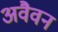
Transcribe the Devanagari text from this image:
अवैवन